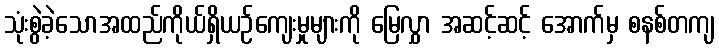
သုံးစွဲခဲ့သောအထည်ကိုယ်ရှိယဉ်ကျေးမှုများကို မြေလွှာ အဆင့်ဆင့် အောက်မှ စနစ်တကျ